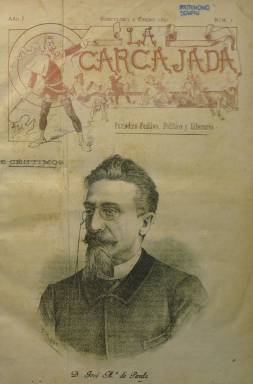
Título: La Carcajada (Barcelona. 1891)
Colección: Revistas satíricas y humorísticas || Carlismo
Ámbito geográfico: Barcelona
Lugar de publicación: Barcelona
Fechas: 02/01/1891-30/09/1892

De ideología carlista y con el subtítulo “periódico festivo, político y literario” empezó a publicarse a partir del dos de enero de 1891, un mes antes de que se celebraran las primeras elecciones en España por sufragio universal masculino, en las que los tradicionalistas alcanzarán una minoría parlamentaria destacada. Forma parte del movimiento de revitalización política que experimentó el carlismo a fines del siglo XIX, tras su última derrota en los campos de batalla (1872-1876) y la escisión integrista de 1888 encabezada por Ramón Nocedal (1842-1907) y con el nombramiento, en 1890, del marqués de Cerralbo -Enrique de Aguilera y Gamboa (1845-1922)- como jefe en España del pretendiente Carlos VII, Carlos María de Borbón y Austria-Este (1848-1909). Movimiento cuyos centros publicitarios más importantes se localizaron principalmente en Madrid, Barcelona y Valencia.

Estará dirigida por uno de los principales editores de este movimiento legitimista radicado en Barcelona, el abogado y escritor Francisco de Paula Oller (1860-1941), y en ella participan con sus dibujos humorísticos y caricaturas ilustradores de la talla de Ramón Cilla (1859-1937), Melitón González (1855-1944) o Antonio Utrillo (1867-1944), que se integrará en el grupo político conservador Unión Catalanista fundado ese mismo año 1891se fundará; además del dibujante carlista Paciano Ross.

Con un formato en folio menor y ocho páginas por entrega, compuestas a dos columnas, su cabecera va inserta en un grabado, y su portada la ocupará íntegramente un retrato, un chiste gráfico, y finalmente, una fotografía de los principales representantes del carlismo en esos años, empezando por el del escritor carlista José María de Pereda (1833-1906), y que ocuparán también los miembros de la familia del pretendiente monárquico.

Las dos páginas centrales las dedica asimismo a chistes gráficos, pero también a dibujos y reproducciones artísticas de hechos históricos y de las guerras carlistas. La última página será compartida por otra ilustración (chiste o dibujo) bajo el epígrafe Actualidades y unos cuantos anuncios comerciales, entre los que incluirá los de dos botellas elaboradas en Mataró que llevarán precisamente los nombres Anís D. Carlos de Borbón y Licor D. Jaime de Borbón. También publicita la Biblioteca del Tradicionalista de Barcelona o los Círculos Tradicionalistas.

Sus páginas, además de ofrecer las semblanzas de los dirigentes carlistas, contará con la sección Crónica política, y los textos, escritos en prosa y en verso (artículos, narraciones, sainetes, fábulas, cantares, charadas, sonetos, etc.), así como el mismo humor gráfico que publica tendrán una naturaleza claramente hostil y “sin compasión”, contra “conservadores y federales”, “mestizos y fusionistas”, contra el liberalismo, el socialismo o el anarquismo. Será pues una doble función la que lleve a cabo esta revista carlista, la de ofrecer las glorias de los protagonistas o hechos de su credo político-religioso y la de “fustigar” a través del humor tanto gráfico como literario a los restantes elementos políticos y sociales.

Otras secciones en sus páginas llevan los epígrafes Poesías, Pellizcos o Siluetas periodísticas, y también publicará noticias breves, preferentemente relacionadas con el carlismo y sus actividades. Y bajo las firmas de estos textos aparecen como autores los nombres de Benito Muñoz Serrano, Lino González Ansótegui, Pedro Antonio Sáenz de Tejada, Santiago Galdames, B. Muñoz Serrano, J. Gota Hernández, Francisco de Lázaro, Enrique de Olea, Gabriel Vich o Leopoldo Cano, pero también los de seudónimos, como Flordelís, P. Pinillos, El Conde de Guernica, Dr. Chas-Cás o Polvorín. Otros de sus dibujantes será A.R. Bosch.

Formando parte de las publicaciones del “carlismo nuevo” finisecular, como defensora del catolicismo y de la “verdadera” monarquía “católica y legítima” y dispuesta a “reírse” de la “España liberal”, tal como señala en su artículo de presentación, la revista sereá estampada en la Imprenta de Juan María Fernández, y sus ilustraciones lo serán muchas veces en diversas tintas. Algunos números son especiales, dedicados a la memoria de las “glorias” carlistas, como es el caso de Juan Nepomuceno de Orbe (21 de abril de 1891); S.A.R.D. Jaime de Borbón (25 de julio de 1891) o D. Carlos de Borbón y Austria-Este (4 de noviembre de 1891). La 92 es su última entrega semanal, correspondiente al 30 de septiembre de 1892. Su editor no debió obtener el suficiente respaldo del ”carlismo nuevo” catalán y, ante sus problemas financieros y las denuncias que debió recibir de las autoridades, tuvo que emigrar a Buenos Aires, en donde prosiguió con su actividad carlista y editora.

Además del trabajo sobre la prensa carlista de Navarro Cabanes (1917), véanse también los del historiador Jordi Canal sobre el carlismo catalán.